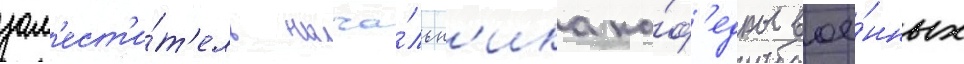
зам'ест'и́т'ель нача́льн'ика ка́ф'едры вое́нных